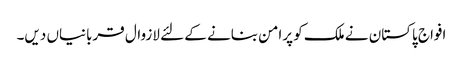
افواج پاکستان نے ملک کو پرامن بنانے کے لئے لازوال قربانیاں دیں۔